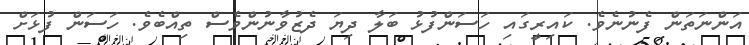
އަންނަތަން ފެނުނެވެ. ކައިރީގައި ހަސަންފުޅު ބަލާ ދިޔަ ދެޒުވާނުންވެސް ތިއްބެވެ. ހަސަން ފުޅަށް